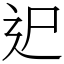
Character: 迉